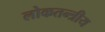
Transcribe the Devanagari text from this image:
लोकतन्त्रीय